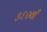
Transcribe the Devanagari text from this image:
३६०वाँ